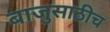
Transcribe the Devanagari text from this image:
बाजुसाठीच